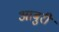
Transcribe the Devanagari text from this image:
आबुरी